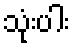
သုံးပါး